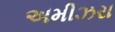
અમીઝરા